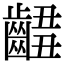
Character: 𪘴